Annual statistical returns and brief notes on vaccination in Bengal - 1909-1929
Year: 1909
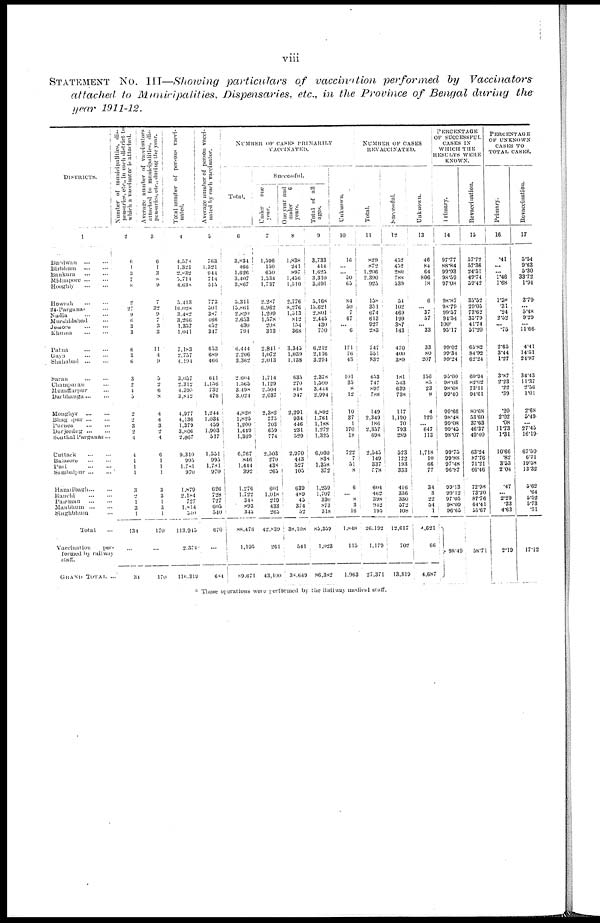
viii
STATEMENT NO. III—Showing particulars of vaccination performed by Vaccinators
attached to Municipalities, Dispensaries, etc., in the Province of Bengal during the
year 1911-12.
DISTRICTS.
1
Burdwan
...
...
Birbhum
...
...
Bankura
...
...
Midnapore
...
...
Hooghly
...
...
Howrah
...
...
24-Parganas ...
Nadia
...
...
Murshidabad ...
Jessore
...
...
Khuma
...
...
Patna
...
...
Gaya
...
...
Shahabad
...
...
Saran
...
...
Champaran ... ...
Muzaffarpur ...
Darbhanga
...
...
Moghyr
...
...
Bhagalpur
...
...
Purnea
...
...
Darjeeling
...
...
Sonthal
Parganas ...
Cuttack
...
...
Balasore
...
...
Puri
...
...
Sambalpur
...
...
Hazaribagh
...
...
Ranchi
...
...
Palamau
...
...
Manbhum
...
...
Singhbhum ... ...
Total ...
Vaccination
per-
formed by railway
staff.
GRAND TOTAL ...
Number of municipalities, dis-
pensaries, etc., in each district to
which a vaccinator is attached.
2
6
1
3
7
8
2
27
9
6
3
3
6
3
6
3
2
4
5
2
2
3
2
4
4
1
1
1
3
2
1
3
1
131
...
34
Average number of vaccinators
attached to municipalities, dis-
pensaries, etc., during the year.
3
6
1
3
8
9
7
32
9
7
3
3
11
4
9
5
2
6
8
4
4
3
2
4
6
1
1
1
3
3
1
3
1
170
...
170
Total number
of persons vacci-
nated.
4
4,570
1,321
2,832
5,714
4,630
5,413
16,028
3,482
3,266
1,357
1,041
7,183
2,757
4,194
3,057
2,312
4,398
3,812
4,977
4,136
1,379
3,806
2,067
9,310
995
1,781
970
1,879
2,184
727
1,814
340
113,045
2,374
116,319
Average number of person vacci-
nated by each vaccinator.
5
763
1,321
944
714
515
773
501
387
466
452
347
653
689
466
611
1,156
732
476
1,244
1,034
459
1,903
517
1,551
995
1,781
970
626
728
727
605
540
670
...
604
NUMBER
OF CASES PRIMARILY
VACCINATED.
Total.
6
3,834
466
1,626
3,407
3,867
5,311
15,861
2,820
2,653
430
794
6,444
2,206
3,362
2,604
1,565
3,198
3,024
4,828
1,825
1,200
1,449
1,369
6,767
846
1,444
392
1,276
1,722
348
893
345
88,476
1,195
89,671
Successful.
Under
one
year.
7
1,596
150
630
1,534
1,737
2,287
6,962
1,200
1,578
208
313
2,841
1,072
2,013
1,714
1,129
2,504
2,037
2,382
775
703
659
774
2,503
270
438
265
601
1,018
210
433
265
42,839
261
43,100
One year and
under 6
years.
8
1,838
241
897
1,456
1,510
2,776
8,276
1,513
812
154
368
3,345
1,039
1,138
635
270
818
947
2,291
934
446
231
529
2,970
443
527
105
639
489
45
374
32
38,108
341
38,649
Total of all
ages.
9
3,733
414
1,625
3,310
3,691
5,168
15,621
2,801
2,445
430
700
6,212
2,116
3,294
2,378
1,500
3,444
2,994
4,802
1,761
1,188
1,272
1,325
6,030
838
1,358
372
1,259
1,707
330
873
318
85,359
1,023
86,382
Unknown.
10
16
...
...
50
63
84
50
7
67
...
6
171
76
43
101
33
8
12
10
37
1
170
18
722
7
31
8
6
...
8
3
16
1,848
115
1,963
NUMBER
OF CASES
REVACCINATED.
Total.
11
829
872
1,206
2,390
925
158
351
674
613
927
283
747
351
832
453
747
897
788
149
2,349
186
2,357
698
2,545
149
337
778
604
462
398
912
195
26,192
1,179
27,371
Successful.
12
452
452
280
788
539
54
102
469
199
387
143
470
400
389
181
343
639
738
117
1,190
70
793
289
323
122
193
333
416
336
330
372
108
12,617
702
13,319
Unknown.
13
46
84
64
806
18
6
...
37
57
...
33
33
80
207
156
85
23
8
4
129
... 647
113
1,718
10
66
77
34
3
22
54
1
4,621
66
4,687
PERCENTAGE
OF SUCCESSFUL
CASES IN
WHICH THE
RESULTS WERE
KNOWN.
Primary.
14
97.77
88.84
99.93
98.59
97.08
98.87
98.79
99.57
94.54
100.
95.17
99.02
99.34
99.24
95.00
98.03
98.68
99.40
99.66
98.48
90.08
99.45
98.07
99.75
99.88
97.48
96.87
99.13
99.12
97.05
98.09
96.65
98.49
Revaccination.
15
57.72
57.36
24.51
49.74
39.42
35.52
29.05
73.62
33.79
41.74
37.20
65.82
84.92
62.24
60.94
82.02
73.11
94.61
80.68
53.60
37.63
46.37
49.40
63.24
87.76
71.21
66.46
72.98
73.20
87.76
64.41
55.67
58.71
PERCENTAGE
OF UNKNOWN
CASES TO
TOTAL CASES.
Primary.
16
.41
...
... 1.46
1.68
1.58
.31
.24
2.52
... .75
2.65
3.44
1.27
3.87
2.23
.22
.39
.20
2.02
.08
11.73
1.31
10.66
.82
3.33
2.04
.47
...
2.29
.33
4.63
2.19
Revaccination.
17
5.54
9.63
5.30
33.72
1.94
3.70
... 5.48
9.29
...
11.66
4.41
14.51
24.87
34.43
11.37
2.56
1.01
2.68
5.49
...
27.45
16.19
67.50
6.71
19.58
13.32
5.62
.64
5.52
5.73
.51
17.12
* These operations were performed by the Railway medical staff.